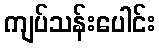
ကျပ်သန်းပေါင်း